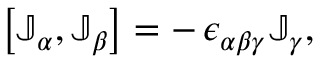
\left[ \mathbb J _ { \alpha } , \mathbb J _ { \beta } \right] = - \, \epsilon _ { \alpha \beta \gamma } \mathbb J _ { \gamma } ,